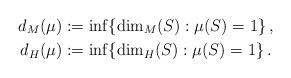
LaTeX: \begin{align*}d_M(\mu) &:= \inf \{\dim_M(S): \mu(S) = 1\}\,, \\d_H(\mu) &:= \inf \{\dim_H(S): \mu(S) = 1\}\,.\end{align*}